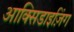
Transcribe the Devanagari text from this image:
आक्सिडाइज़िंग